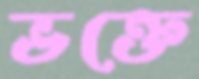
ভক্তে